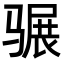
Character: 𩨍